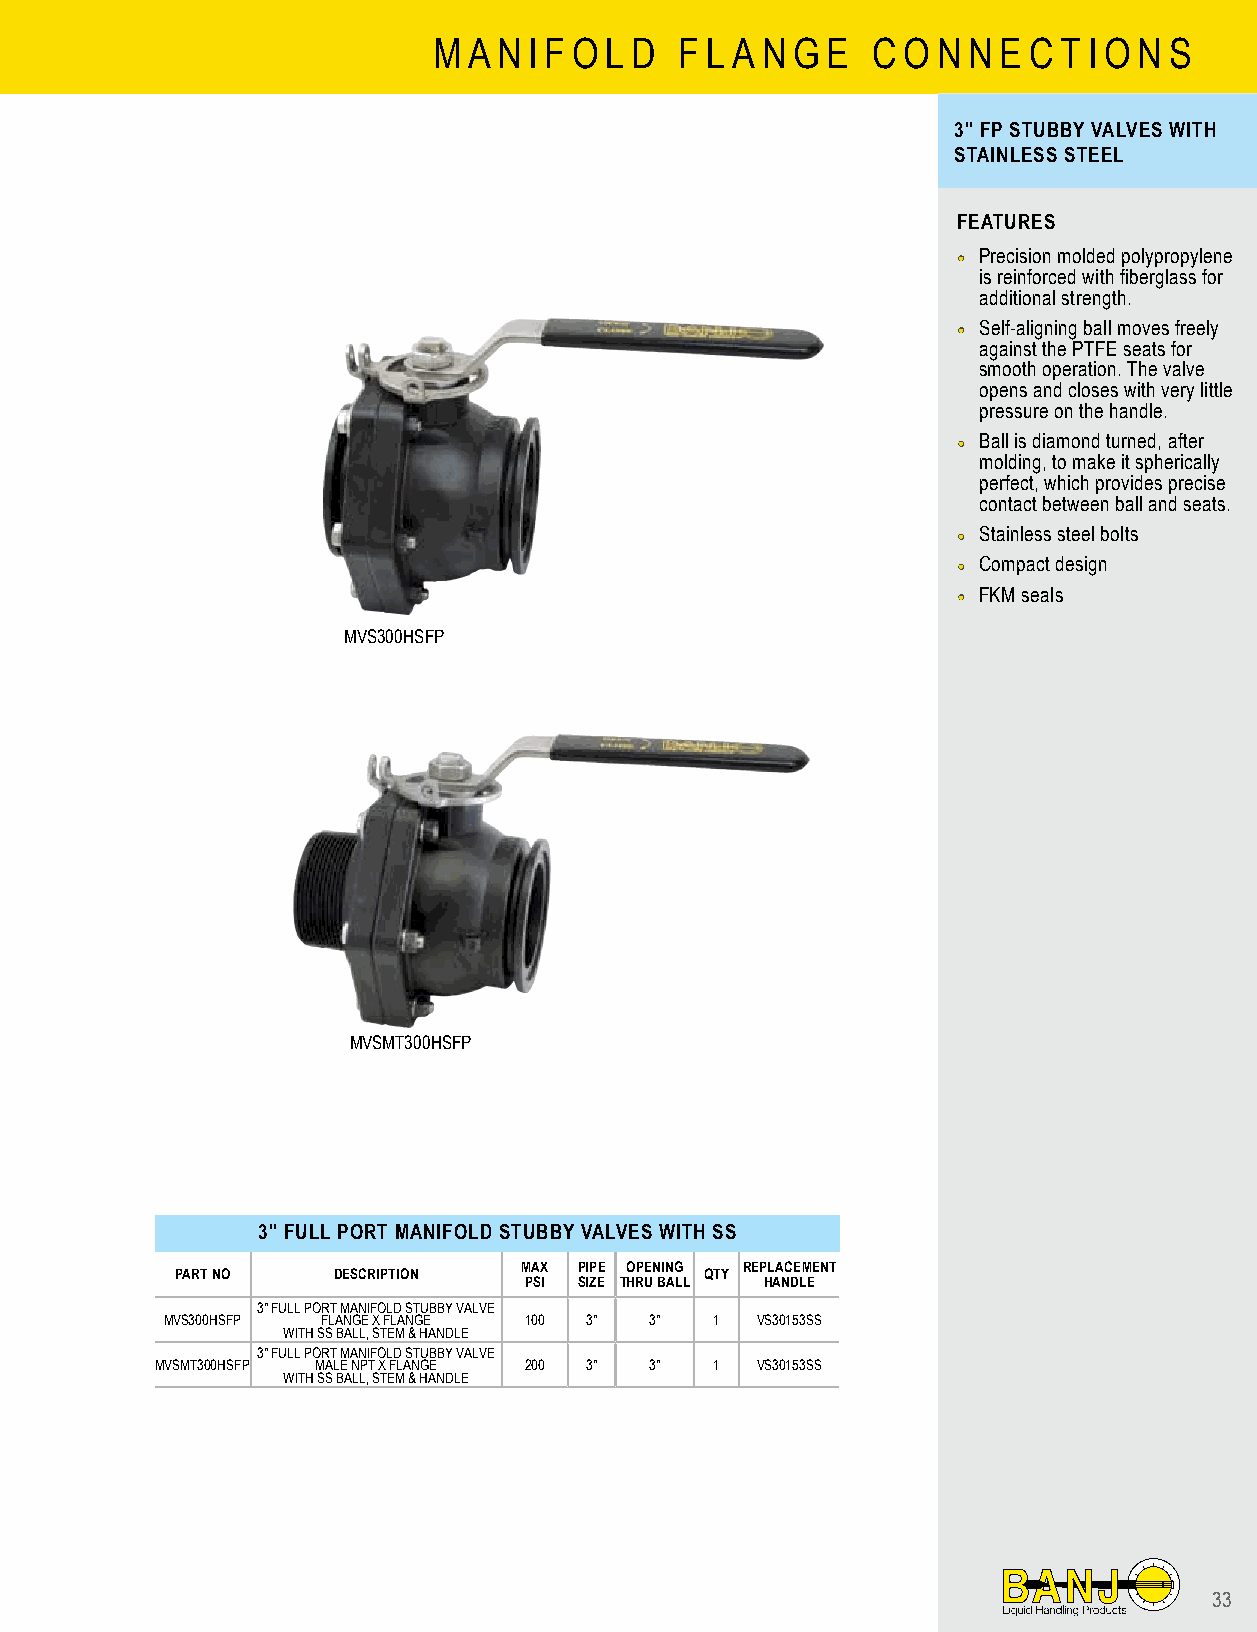
M A N I F O L D F L A N G E  C O N N E C T I O N S
 3" FP STUBBY VALVES WITH
 STAINLESS STEEL
 FEATURES
 •• Precision molded polypropylene
 is reinforced with fiberglass for
 additional strength.
 •• Self-aligning ball moves freely
 against the PTFE seats for
 smooth operation. The valve
 opens and closes with very little
 pressure on the handle.
 •• Ball is diamond turned, after
 molding, to make it spherically
 perfect, which provides precise
 contact between ball and seats.
 •• Stainless steel bolts
 •• Compact design
 •• FKM seals
 MVS300HSFP
 MVSMT300HSFP
 3" FULL PORT MANIFOLD STUBBY VALVES WITH SS
 MAX PIPE OPENING REPLACEMENT
 PART NO   DESCRIPTION              QTY
 PSI SIZE THRU BALL HANDLE
 3" FULL PORT MANIFOLD STUBBY VALVE
 MVS300HSFP FLANGE X FLANGE 100 3" 3" 1 VS30153SS
 WITH SS BALL, STEM & HANDLE
 3" FULL PORT MANIFOLD STUBBY VALVE
 MVSMT300HSFP MALE NPT X FLANGE 200 3" 3" 1 VS30153SS
 WITH SS BALL, STEM & HANDLE
 33